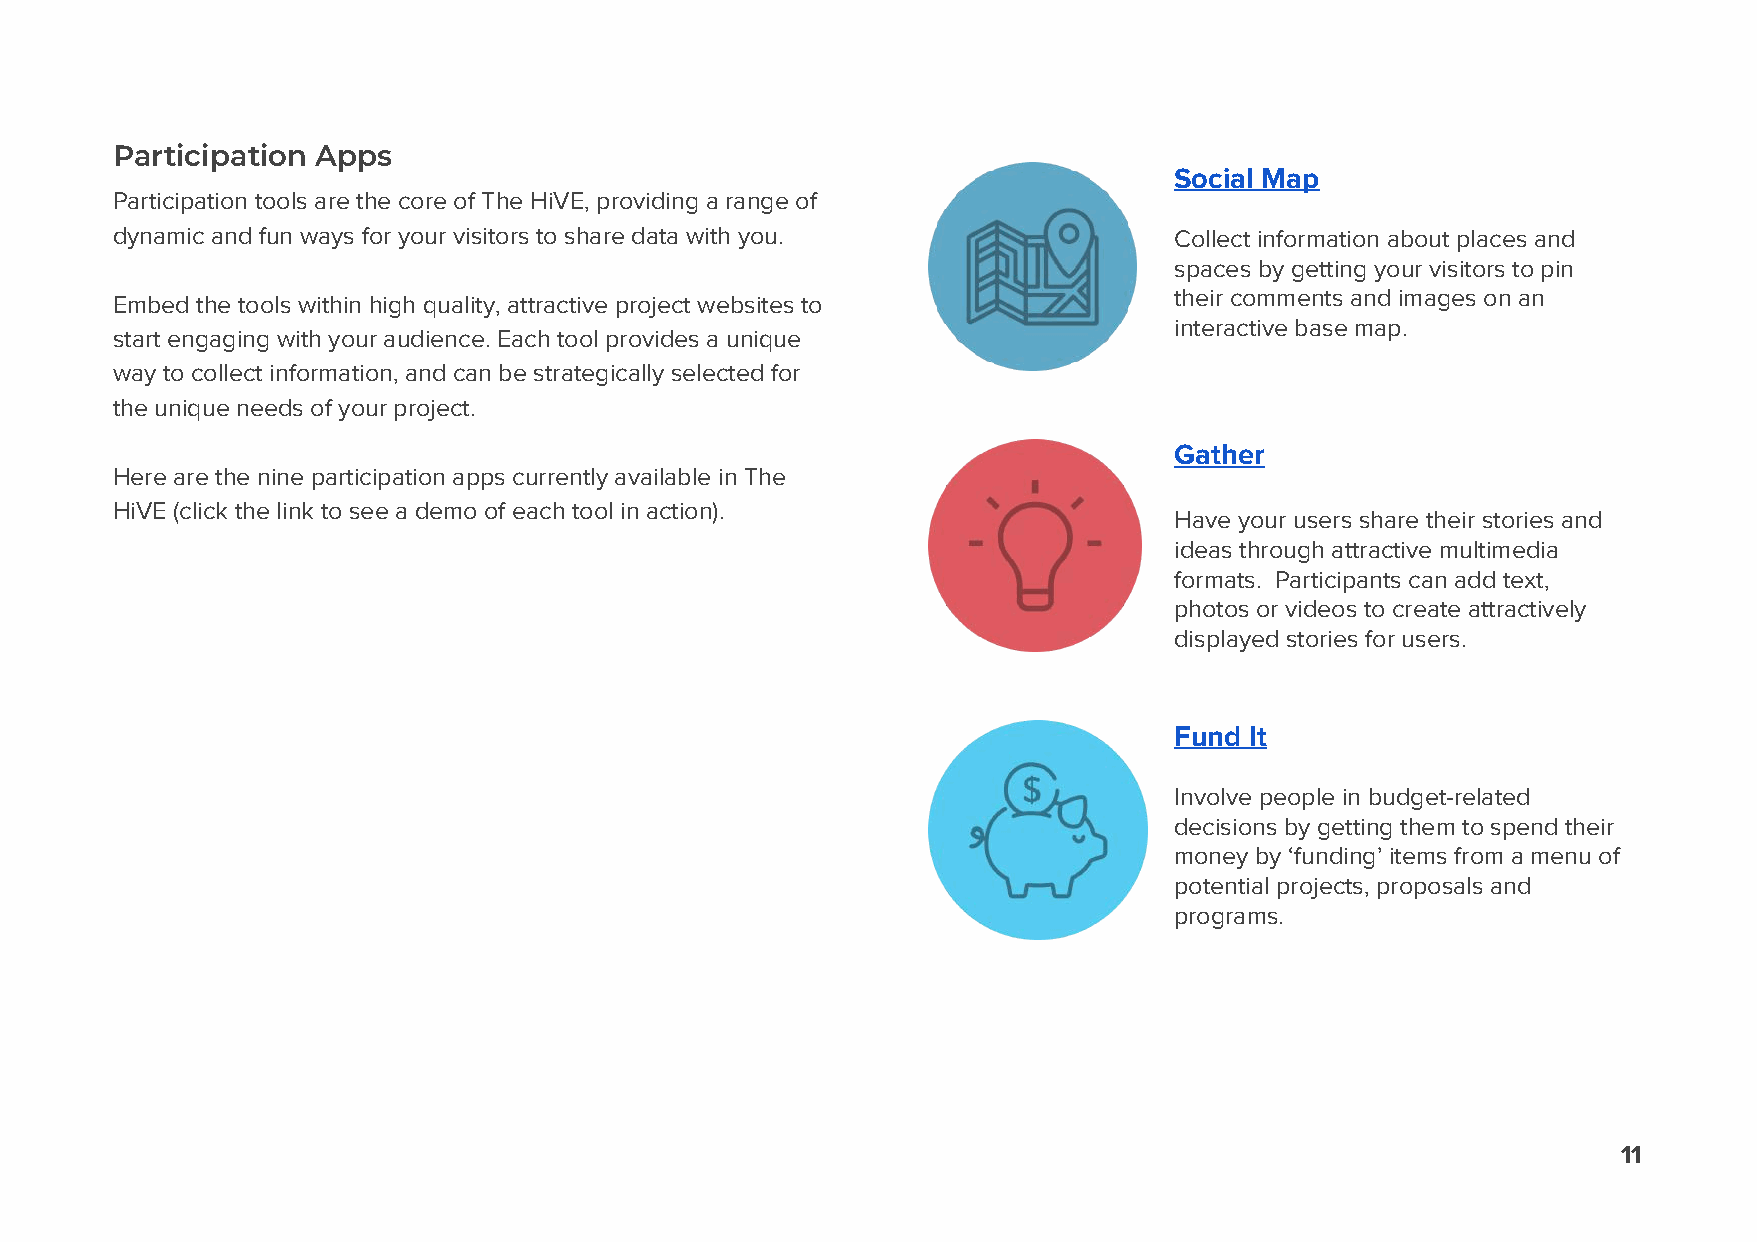
Participation Apps
 Social Map
 Participation tools are the core of The HiVE, providing a range of
 dynamic and fun ways for your visitors to share data with you.         Collect information about places and
 spaces by getting your visitors to pin
 Embed the tools within high quality, attractive project websites to    their comments and images on an
 interactive base map.
 start engaging with your audience. Each tool provides a unique
 way to collect information, and can be strategically selected for
 the unique needs of your project.
 Gather
 Here are the nine participation apps currently available in The
 HiVE (click the link to see a demo of each tool in action).
 Have your users share their stories and
 ideas through attractive multimedia
 formats. Participants can add text,
 photos or videos to create attractively
 displayed stories for users.
 Fund It
 Involve people in budget-related
 decisions by getting them to spend their
 money by ‘funding’ items from a menu of
 potential projects, proposals and
 programs.
 11